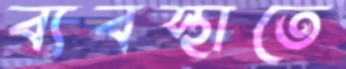
ব্যবস্থাতে